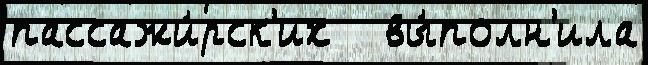
пассажи́рск'их   вы́полн'ила